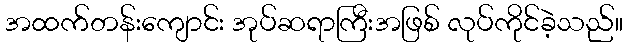
အထက်တန်းကျောင်း အုပ်ဆရာကြီးအဖြစ် လုပ်ကိုင်ခဲ့သည်။